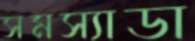
সমস্যাডা